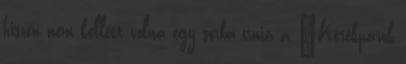
hiszen nem kellett volna egy sorba írnia a ‘Kerékpárok